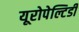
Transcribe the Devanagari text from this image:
यूरोपेल्टिडी